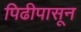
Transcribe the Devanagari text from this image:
पिढीपासून